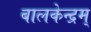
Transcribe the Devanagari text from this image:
बालकेन्द्रम्